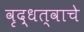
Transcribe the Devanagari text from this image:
वृद्धत्वाचे